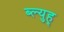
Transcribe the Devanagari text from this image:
ब्ल्युह्